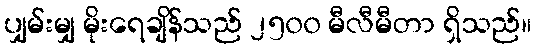
ပျှမ်းမျှ မိုးရေချိန်သည် ၂၅၀၀ မီလီမီတာ ရှိသည်။